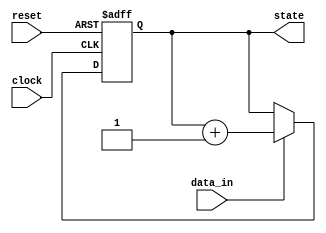
module synchronous_logic (
    input wire clock,        // Clock signal
    input wire reset,        // Asynchronous reset signal
    input wire data_in,      // Input data signal
    output reg [3:0] state   // 4-bit state register
);

// Always block sensitive to the positive edge of the clock
always @(posedge clock or posedge reset) begin
    if (reset) begin
        // Reset logic: Initialize state to 0
        state <= 4'b0000;
    end else begin
        // Sequential logic: Update state based on input data
        if (data_in) begin
            state <= state + 1; // Increment state if data_in is high
        end else begin
            state <= state; // Hold state if data_in is low
        end
    end
end

endmodule